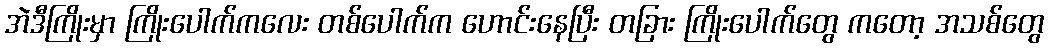
အဲဒီကြိုးမှာ ကြိုးပေါက်ကလေး တစ်ပေါက်က ဟောင်းနေပြီး တခြား ကြိုးပေါက်တွေ ကတော့ အသစ်တွေ